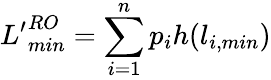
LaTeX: {L^{\prime}}_{min}^{RO}=\sum_{i=1}^{n}p_{i}h(l_{i,min})